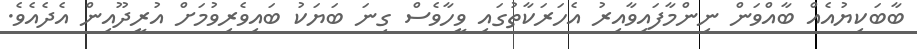
ބާބަކިޔުއެއް ބާއްވަން ނިންމާފައިވާއިރު އެހަރަކާތުގައި ވީހާވެސް ގިނަ ބަޔަކު ބައިވެރިވުމަށް އުރީދޫއިން އެދެއެވެ.